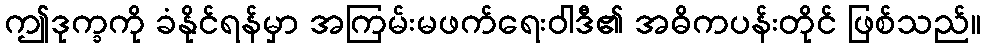
ဤဒုက္ခကို ခံနိုင်ရန်မှာ အကြမ်းမဖက်ရေးဝါဒီ၏ အဓိကပန်းတိုင် ဖြစ်သည်။